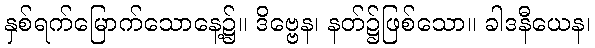
နှစ်ရက်မြောက်သောနေ့၌။ ဒိဗ္ဗေန၊ နတ်၌ဖြစ်သော။ ခါဒနီယေန၊